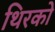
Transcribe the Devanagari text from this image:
थिरको